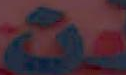
مت